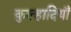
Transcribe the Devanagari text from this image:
कुल्हादियाँ